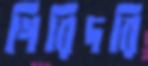
গিরিদরি